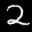
Label: 2